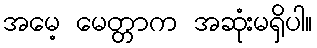
အမေ့ မေတ္တာက အဆုံးမရှိပါ။